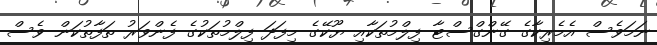
ނަމަވެސް އެމެރިކާގެ ގޭންގްސްޓާ ފިލްމުތަކާއި ޔޫކޭގެ މިފަދަ ފިލްމުތަކުގެ ފެންވަރު ތަފާތުކަން ވެސް